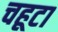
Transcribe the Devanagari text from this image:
चहूटा